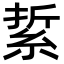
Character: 䋢